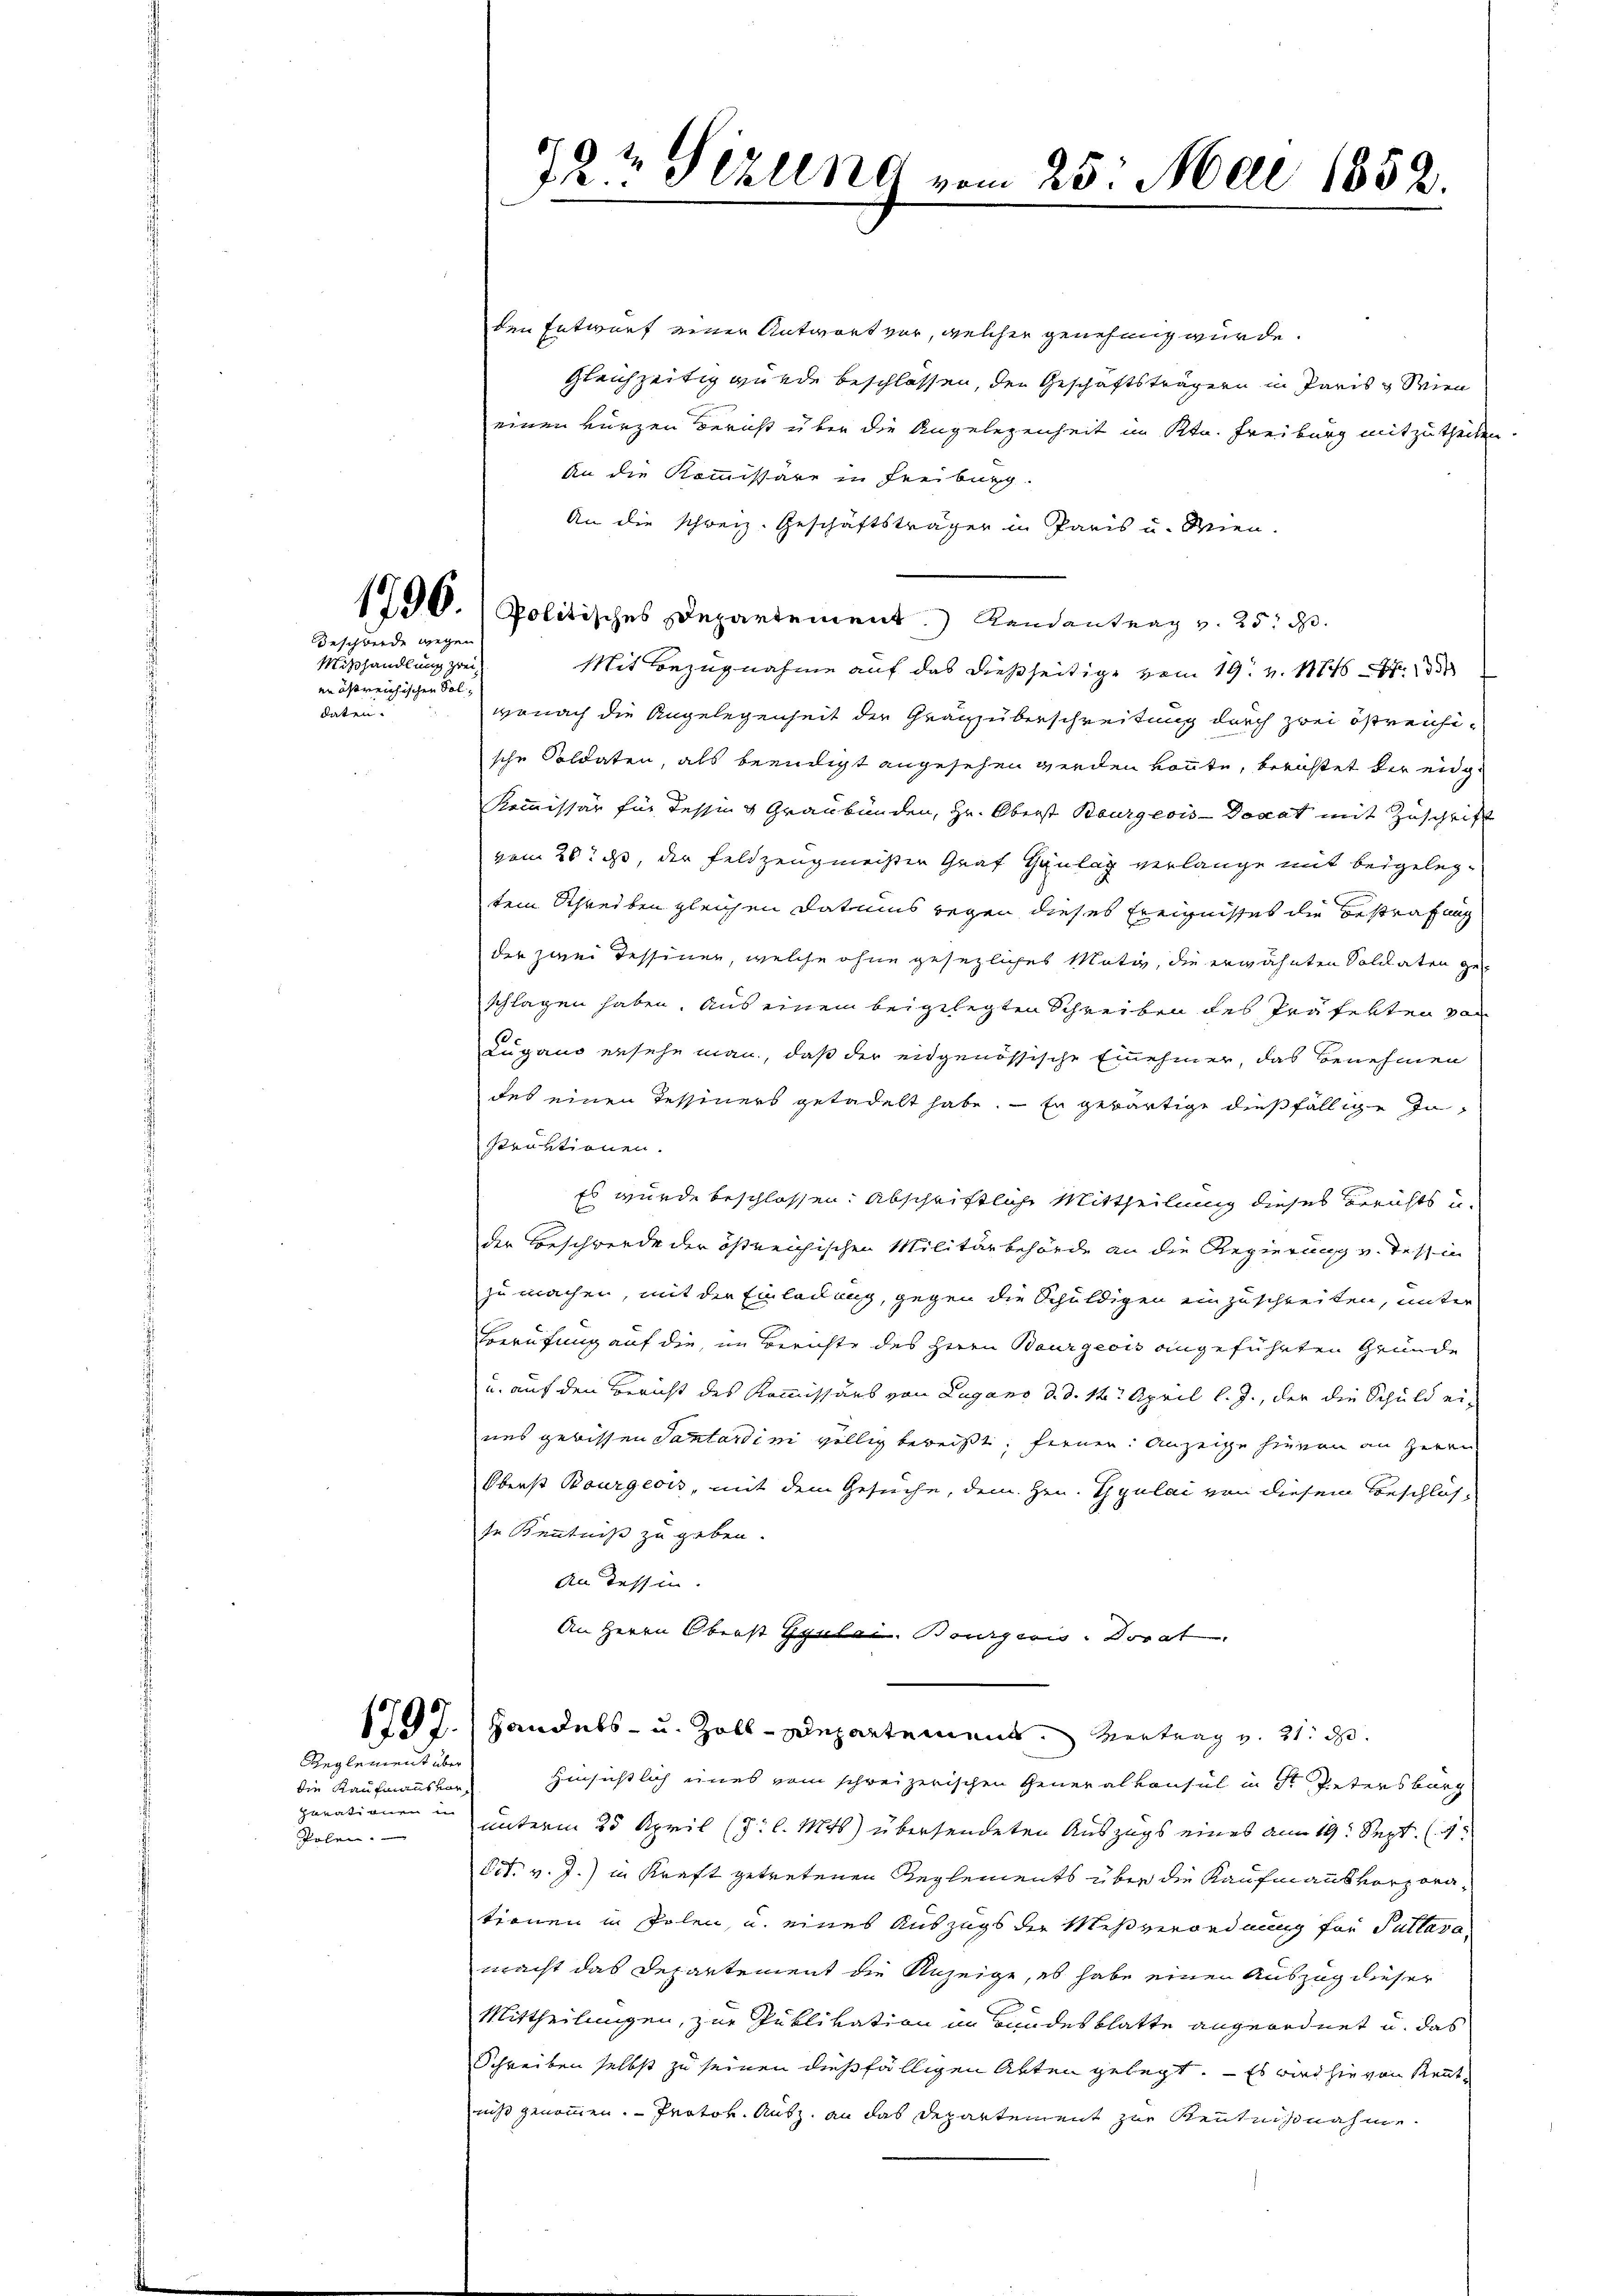
Mißhandlung zwei
en östreichischen Soldaten.

Beschwerde wegen

Reglement über
die Kaufmanns vorverdienen in
Polen.

den Entwurf einer Antwort vor, welcher genehmig würde.
gleichzeitig wurde beschlossen, den Geschäftsträgern in Paris u Wien
einen kürzen Bericht über die Angelegenheit im Ktn. Freiburg mitzutheilen.
An die Kommissäre in Freiburg.
An die schweiz. Geschäftsträger in Paris u. Wien.
1790. Politisches Departement. Landantrag v. 25. d.
Mit Bezugnahme auf das dießseitige vom 19. v. M.
wonach die Angelegenheit der Gränzüberschreitung durch zwei östreichische Soldaten, als beendigt angesehen werden könnte, berichtet der eidge
Kommissär für Tessing Graubünden, Hr. Oberst Burgeois Donat mit Zuschrift
vom 26t d, der Feldzeugmeisten Graf Hantag verlange mit beigelegtem Schreiben gleichen Datums wegen dieses Ereignisses die Bestrafung
der zwei Tessiner, welche ohne gesezliches Motiv, die erwähnten Soldaten geschlagen haben. Aus einem beigelegten Schreiben des Präfekten von
Lugano ersehe man, daß der eidgenössische Einehmer, das Benehmen
des einen Tessiners getadelt habe. — Er gewärtige dießfällige In¬
Praktionen.
Es wurde beschlossen: abschriftliche Mittheilung dieses Berichts u.
der Beschwerde der östreichischen Militärbehörde an die Regierung v. Tessin
zu machen, mit der Einladung, gegen die Schuldigen einzuschreiten, unter
Berufung auf die, im Berichte des Herrn Baurgeois angeführten Grunde
u. auf den Bericht des Kommissärs von Lugano d. d. 14. April l. J., der die Schuld ei-
uns gewissen Santardini völlig bereißt, fernen Anzeige hievon an Herrn
Oberst Bourgeois, mit dem Gesuche, dem Hrn. Gyulai von diesem Beschlosse Kenntniß zu geben.
An dessen.
An Herrn Oberst Gyulac. Bourgeris Dovat
1797. Handels- u. Zoll-Departement. Vertrag v. 21. d.
Hinsichtlich eines vom schreizerischen Generalkonsul in St. Petersburg
unterm 25. April (S. l. Mts) übersendeten Auszugs eines am 19. Sept. (4.
dit. v. J.) in Kraft getretenen Reglements über die Kaufmanns vorzorationen in Polen, u. eines Auszugs der Meßverordnung für Pultasa
macht das Departement die Anzeige, es habe einen Auszug dieser
Mittheilungen, zur Publikation im Bundesblatte angeordnet u. das
Schreiben selbst zu seinen dießfälligen Akten gelegt. — Es wird sie von Kenntniß genommen. Protok. Ausz an das Departement zur Kenntnißnahme

19t Sizlene vom 25. Mai 1852.